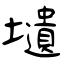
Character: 壝